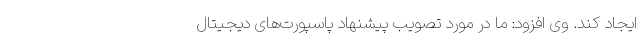
ایجاد کند. وی افزود: ما در مورد تصویب پیشنهاد پاسپورت‌های دیجیتال